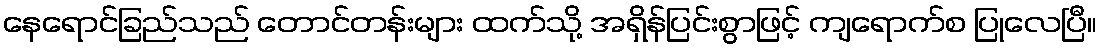
နေရောင်ခြည်သည် တောင်တန်းများ ထက်သို့ အရှိန်ပြင်းစွာဖြင့် ကျရောက်စ ပြုလေပြီ။